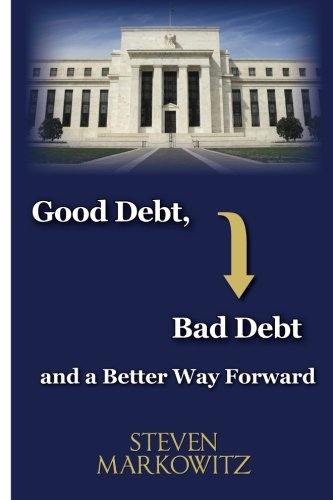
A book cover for Good Debt, Bad Debt and a Better Way Forward; Steven A Markowitz; Business & Money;